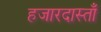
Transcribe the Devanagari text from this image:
हजारदास्ताँ